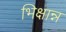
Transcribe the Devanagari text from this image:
भिक्षान्न